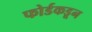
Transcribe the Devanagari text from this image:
फोर्डकडून